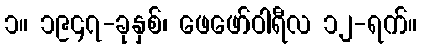
၁။ ၁၉၄၇-ခုနှစ်၊ ဖေဖော်ဝါရီလ ၁၂-ရက်။